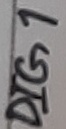
Text: DIG 1